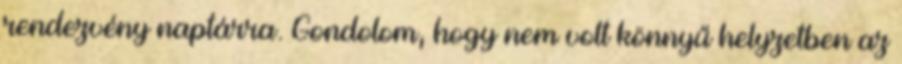
rendezvény naptárra. Gondolom, hogy nem volt könnyű helyzetben az